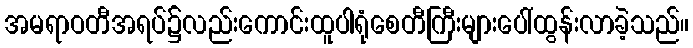
အမရာဝတီအရပ်၌လည်းကောင်းထူပါရုံစေတီကြီးများပေါ်ထွန်းလာခဲ့သည်။